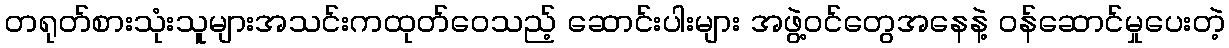
တရုတ်စားသုံးသူများအသင်းကထုတ်ဝေသည့် ဆောင်းပါးများ အဖွဲ့ဝင်တွေအနေနဲ့ ဝန်ဆောင်မှုပေးတဲ့